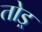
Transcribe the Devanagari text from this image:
तोड़्